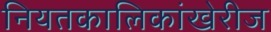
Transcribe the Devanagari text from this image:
नियतकालिकांखेरीज